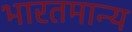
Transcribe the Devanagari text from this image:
भारतमान्य